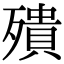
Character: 殨